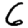
Digit: 6